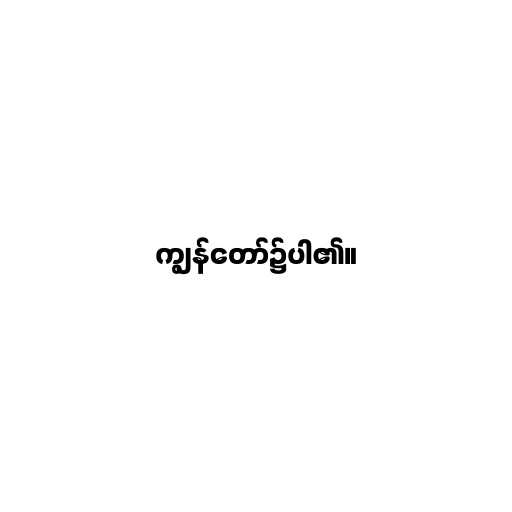
ကျွန်တော်၌ပါ၏။